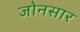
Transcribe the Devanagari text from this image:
जोनसार